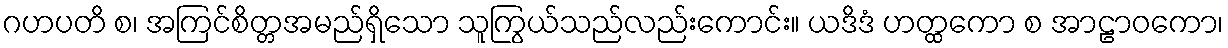
ဂဟပတိ စ၊ အကြင်စိတ္တအမည်ရှိသော သူကြွယ်သည်လည်းကောင်း။ ယဒိဒံ ဟတ္ထကော စ အာဠာဝကော၊